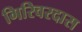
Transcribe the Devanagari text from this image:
गिरिवरदास